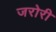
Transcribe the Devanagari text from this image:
जरोरी